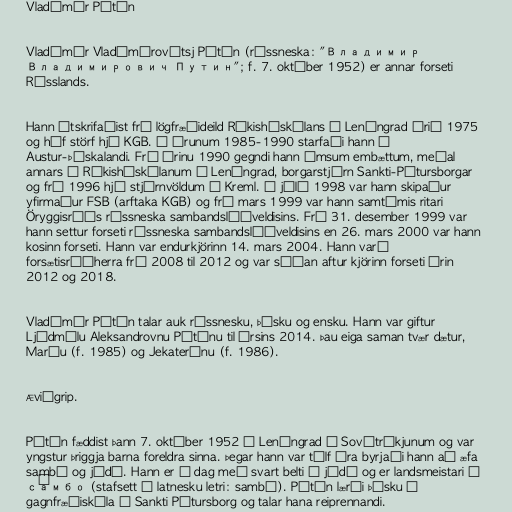
Vladímír Pútín

Vladímír Vladímírovítsj Pútín (rússneska: "Владимир
Владимирович Путин"; f. 7. október 1952) er annar forseti
Rússlands.

Hann útskrifaðist frá lögfræðideild Ríkisháskólans í Leníngrad árið 1975
og hóf störf hjá KGB. Á árunum 1985-1990 starfaði hann í
Austur-Þýskalandi. Frá árinu 1990 gegndi hann ýmsum embættum, meðal
annars í Ríkisháskólanum í Leníngrad, borgarstjórn Sankti-Pétursborgar
og frá 1996 hjá stjórnvöldum í Kreml. Í júlí 1998 var hann skipaður
yfirmaður FSB (arftaka KGB) og frá mars 1999 var hann samtímis ritari
Öryggisráðs rússneska sambandslýðveldisins. Frá 31. desember 1999 var
hann settur forseti rússneska sambandslýðveldisins en 26. mars 2000 var hann
kosinn forseti. Hann var endurkjörinn 14. mars 2004. Hann varð
forsætisráðherra frá 2008 til 2012 og var síðan aftur kjörinn forseti árin
2012 og 2018.

Vladímír Pútín talar auk rússnesku, þýsku og ensku. Hann var giftur
Ljúdmílu Aleksandrovnu Pútínu til ársins 2014. Þau eiga saman tvær dætur,
Maríu (f. 1985) og Jekaterínu (f. 1986).

Æviágrip.

Pútín fæddist þann 7. október 1952 í Leníngrad í Sovétríkjunum og var
yngstur þriggja barna foreldra sinna. Þegar hann var tólf ára byrjaði hann að æfa
sambó og júdó. Hann er í dag með svart belti í júdó og er landsmeistari í
са́мбо (stafsett á latnesku letri: sambó). Pútín lærði þýsku í
gagnfræðiskóla í Sankti Pétursborg og talar hana reiprennandi.